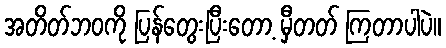
အတိတ်ဘဝကို ပြန်တွေးပြီးတော့ မှီတတ် ကြတာပါပဲ။